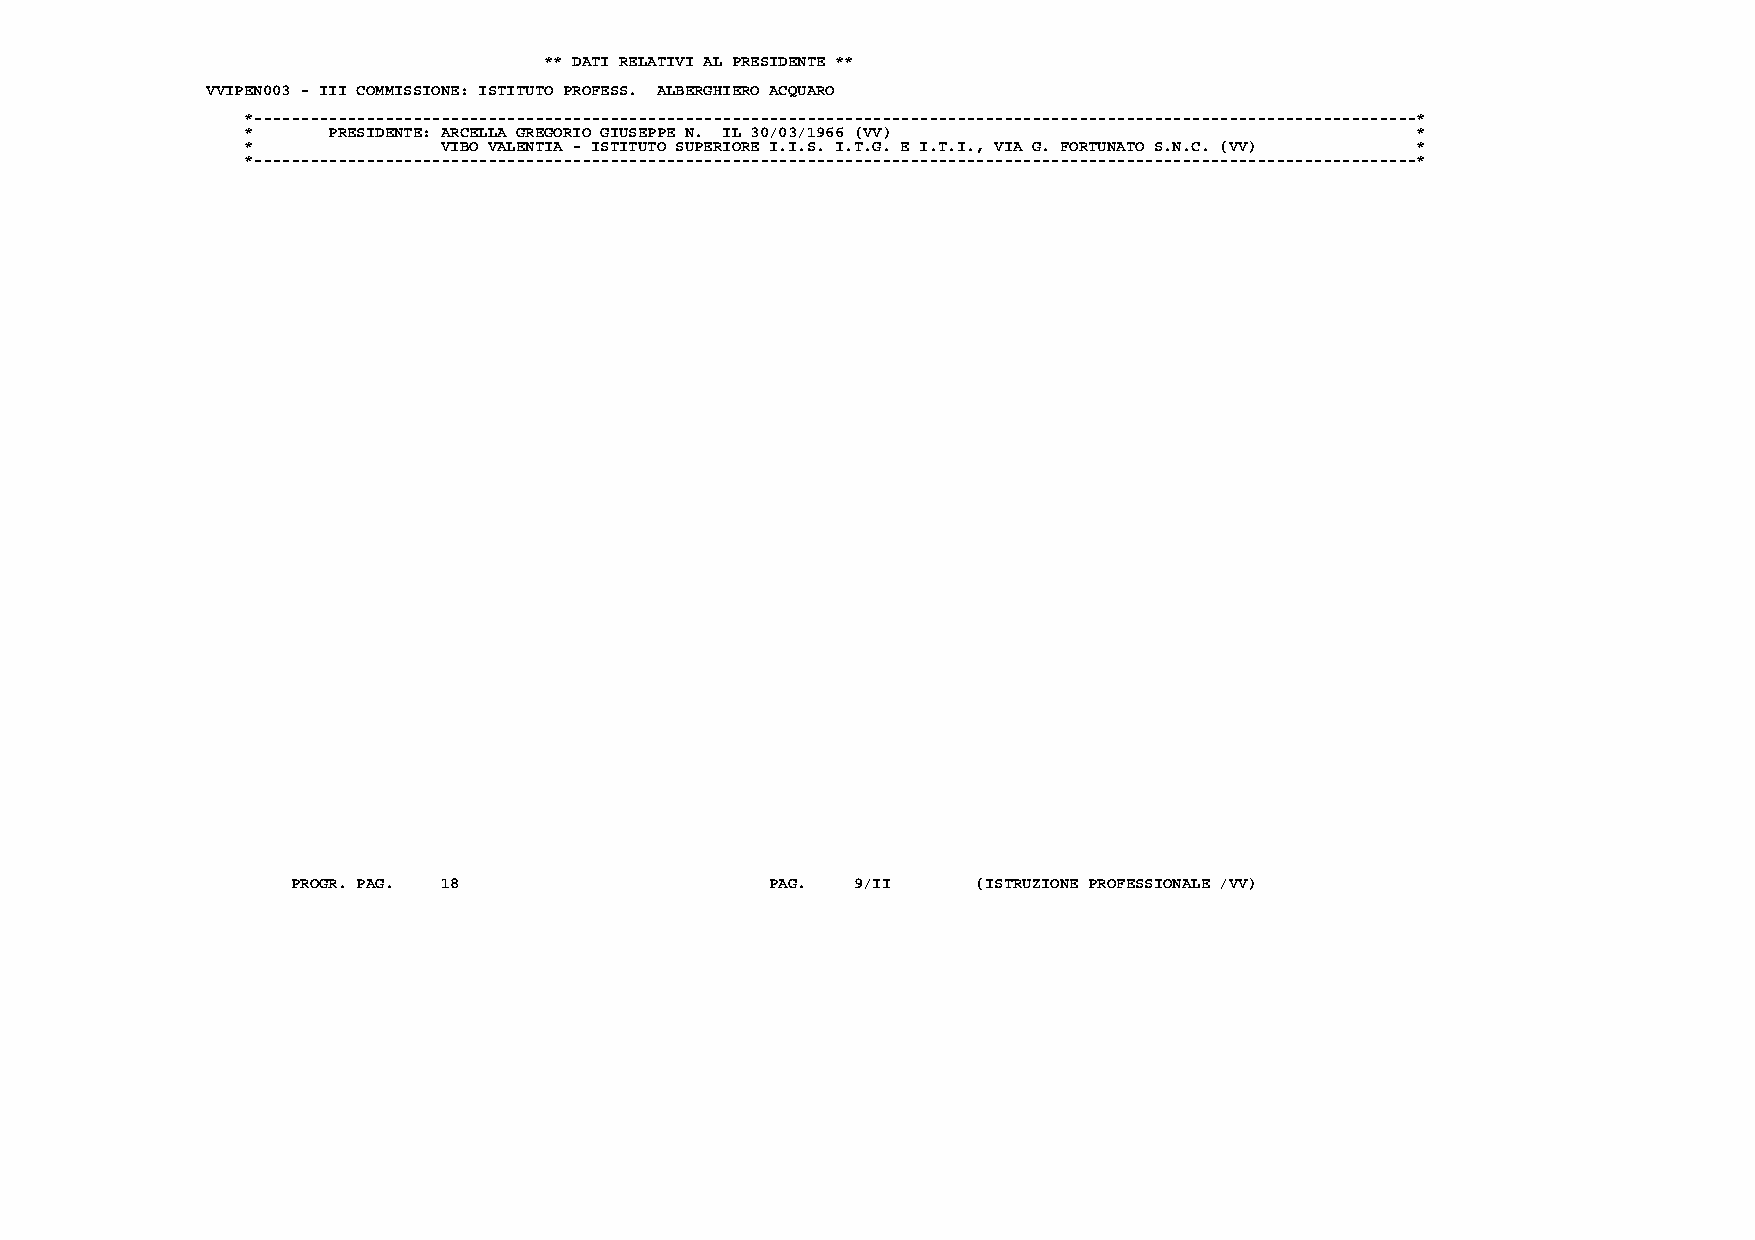
** DATI RELATIVI AL PRESIDENTE **
 VVIPEN003 - III COMMISSIONE: ISTITUTO PROFESS. ALBERGHIERO ACQUARO
 *----------------------------------------------------------------------------------------------------------------------------*
 *     PRESIDENTE: ARCELLA GREGORIO GIUSEPPE N. IL 30/03/1966 (VV)             *
 *            VIBO VALENTIA - ISTITUTO SUPERIORE I.I.S. I.T.G. E I.T.I., VIA G. FORTUNATO S.N.C. (VV) *
 *----------------------------------------------------------------------------------------------------------------------------*
 PROGR. PAG. 18                  PAG. 9/II     (ISTRUZIONE PROFESSIONALE /VV)